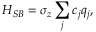
H _ { S B } = \sigma _ { z } \sum _ { j } c _ { j } q _ { j } ,